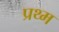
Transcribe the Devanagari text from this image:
प्रथ्म